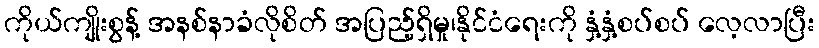
ကိုယ်ကျိုးစွန့် အနစ်နာခံလိုစိတ် အပြည့်ရှိမှု၊နိုင်ငံရေးကို နှံ့နှံ့စပ်စပ် လေ့လာပြီး